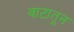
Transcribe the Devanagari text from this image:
वाटातून